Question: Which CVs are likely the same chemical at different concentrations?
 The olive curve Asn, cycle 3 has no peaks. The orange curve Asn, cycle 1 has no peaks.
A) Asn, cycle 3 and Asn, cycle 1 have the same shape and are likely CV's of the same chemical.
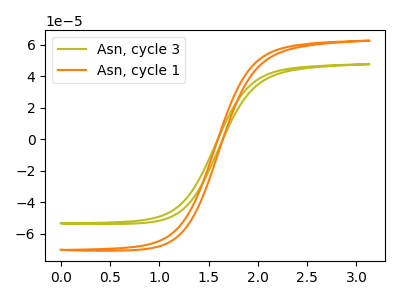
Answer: <think>Neither "Asn, cycle 3" or "Asn, cycle 1" have any peaks.
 </think>
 <answer>A) "Asn, cycle 3" and "Asn, cycle 1" have the same shape and are likely CV's of the same chemical.</answer>
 <eval>A</eval>